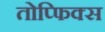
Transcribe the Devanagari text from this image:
तोप्फिक्स